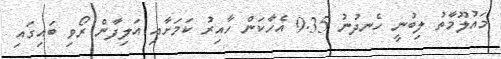
މައުލޫމާތު ލިބުނީ ހެނދުނު 9.35 އެހާކަން ހާއިރު ކަމަށާއި އަލިފާން ރޯވި ބައިގައި